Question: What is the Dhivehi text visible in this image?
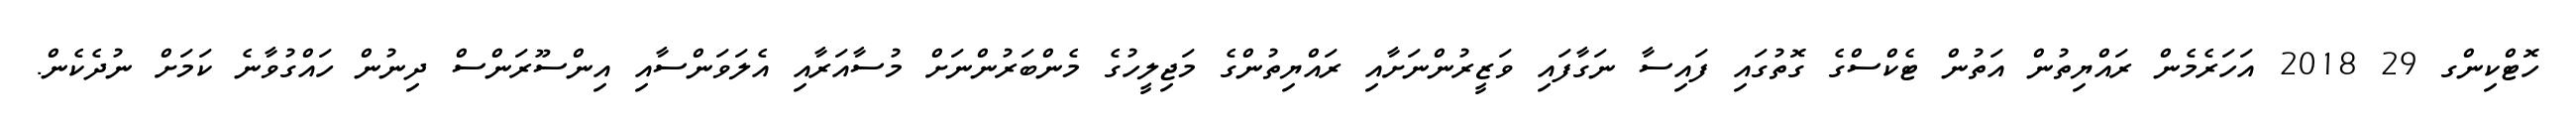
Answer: ހޮޓްކިންގ 29 2018 އަހަރެމެން ރައްޔިތުން އަތުން ޓެކްސްގެ ގޮތުގައި ފައިސާ ނަގާފައި ވަޒީރުންނަށާއި ރައްޔިތުންގެ މަޖިލީހުގެ މެންބަރުންނަށް މުސާއަރާއި އެލަވަންސާއި އިންސޫރަންސް ދިނުން ހައްގުވާނެ ކަމަށް ނުދެކެން.